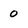
Character: 0